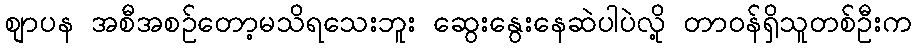
စျာပန အစီအစဥ်တော့မသိရသေးဘူး ဆွေးနွေးနေဆဲပါပဲလို့ တာဝန်ရှိသူတစ်ဦးက